Development of the Leishman-Donovan parasite in Cimex rotundatus - Number 31
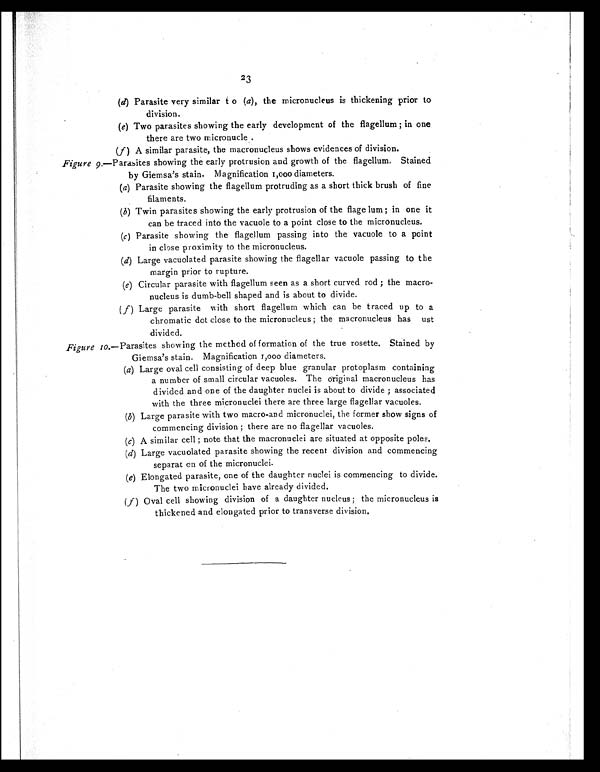
23
(d) Parasite very similar to ( a), the micronucleus is thickening prior to
division.
(e) Two parasites showing the early development of the flagellum ; in one
there are two micronucle.
(f) A similar parasite, the macronucleus shows evidences of division.
Figure 9 .—Parasites showing the early protrusion and growth of the flagellum. Stained
by Giemsa's stain. Magnification 1,000 diameters.
(a) Parasite showing the flagellum protruding as a short thick brush of fine
filaments.
(b) Twin parasites showing the early protrusion of the flage lum ; in one it
can be traced into the vacuole to a point close to the micronucleus.
(c) Parasite showing the flagellum passing into the vacuole to a point
in close proximity to the micronucleus.
(d) Large vacuolated parasite showing the flagellar vacuole passing to the
margin prior to rupture.
(e) Circular parasite with flagellum seen as a short curved rod ; the macro-
nucleus is dumb-bell shaped and is about to divide.
( f) Large parasite with short flagellum which can be traced up to a
chromatic dot close to the micronucleus ; the macronucleus has ust
divided.
Figure 10 .—Parasites showing the method of formation of the true rosette. Stained by
Giemsa's stain. Magnification 1 ,000 diameters.
(a) Large oval cell consisting of deep blue granular protoplasm containing
a number of small circular vacuoles. The original macronucleus has
divided and one of the daughter nuclei is about to divide ; associated
with the three micronuclei there are three large flagellar vacuoles.
(b) Large parasite with two macro-and micronuclei, the former show signs of
commencing division ; there are no flagellar vacuoles.
(c) A similar cell ; note that the macronuclei are situated at opposite poles.
(d) Large vacuolated parasite showing the recent division and commencing
separat on of the micronuclei.
(e) Elongated parasite, one of the daughter nuclei is commencing to divide.
The two micronuclei have already divided.
(f) Oval cell showing division of a daughter nucleus ; the micronucleus is
thickened and elongated prior to transverse division.